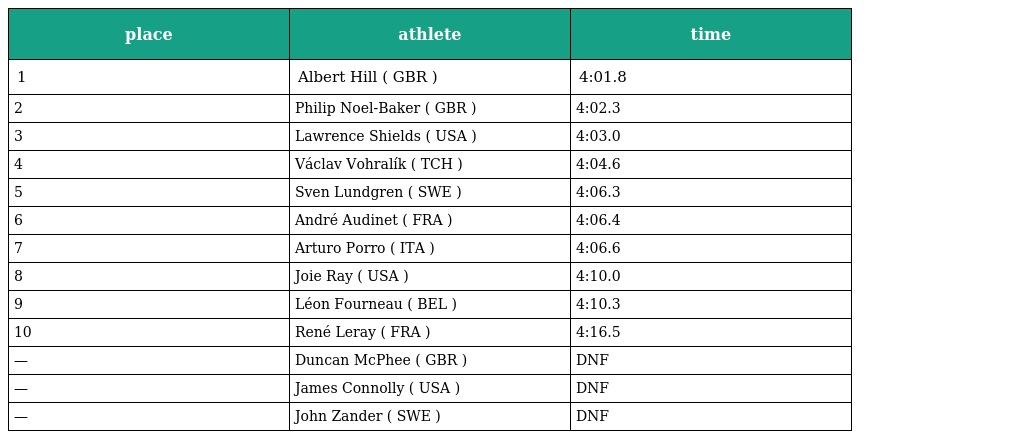
| place | athlete | time |
 | --- | --- | --- |
 | 1 | Albert Hill ( GBR ) | 4:01.8 |
 | 2 | Philip Noel-Baker ( GBR ) | 4:02.3 |
 | 3 | Lawrence Shields ( USA ) | 4:03.0 |
 | 4 | Václav Vohralík ( TCH ) | 4:04.6 |
 | 5 | Sven Lundgren ( SWE ) | 4:06.3 |
 | 6 | André Audinet ( FRA ) | 4:06.4 |
 | 7 | Arturo Porro ( ITA ) | 4:06.6 |
 | 8 | Joie Ray ( USA ) | 4:10.0 |
 | 9 | Léon Fourneau ( BEL ) | 4:10.3 |
 | 10 | René Leray ( FRA ) | 4:16.5 |
 | — | Duncan McPhee ( GBR ) | DNF |
 | — | James Connolly ( USA ) | DNF |
 | — | John Zander ( SWE ) | DNF |